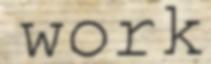
work